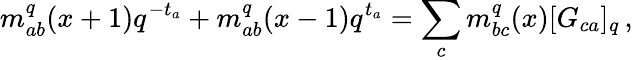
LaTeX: m_{ab}^{q}(x+1)q^{-t_{a}}+m_{ab}^{q}(x-1)q^{t_{a}}=\sum_{c}m_{bc}^{q}(x)[G_{ca}]_{q}\, ,